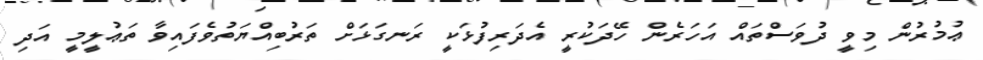
ޢުމުރުން މިވީ ދުވަސްތައް އަހަރެން ހޭދަކުރީ އެދަރިފުޅަކީ ރަނގަޅަށް ތަރުބިއްޔަތުވެފައިވާ ތަޢުލީމީ އަދި